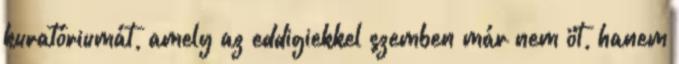
kuratóriumát, amely az eddigiekkel szemben már nem öt, hanem